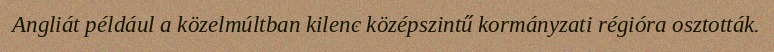
Angliát például a közelmúltban kilenc középszintű kormányzati régióra osztották.